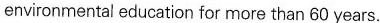
environmental education for more than 60 years.